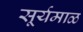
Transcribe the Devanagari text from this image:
सूर्यमाळ